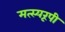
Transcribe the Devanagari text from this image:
मत्स्यरूपी